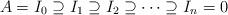
LaTeX: \begin{align*}A=I_0\supseteq I_1\supseteq I_2\supseteq\cdots\supseteq I_n=0 \end{align*}